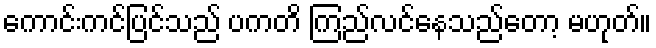
ကောင်းကင်ပြင်သည် ပကတိ ကြည်လင်နေသည်တော့ မဟုတ်။